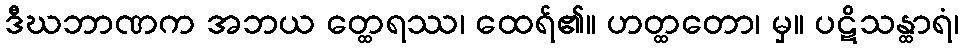
ဒီဃဘာဏက အဘယ တ္ထေရဿ၊ ထေရ်၏။ ဟတ္ထတော၊ မှ။ ပဋိသန္ထာရံ၊